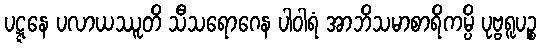
ပဋ္ဋနေ ပလာယဿူတိ သီသရောဂေန ပါဝါရံ အာဘိသမာစာရိကမ္ပိ ပုဗ္ဗရူပဉ္စ